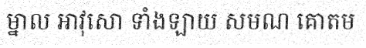
ម្នាល អាវុសោ ទាំងឡាយ សមណ គោតម